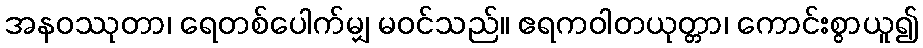
အနဝဿုတာ၊ ရေတစ်ပေါက်မျှ မဝင်သည်။ ဧရကဝါတယုတ္တာ၊ ကောင်းစွာယူ၍